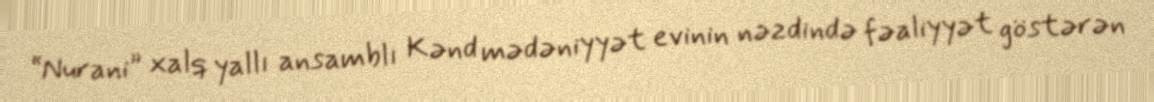
“Nurani” xalq yallı ansamblı Kənd mədəniyyət evinin nəzdində fəaliyyət göstərən